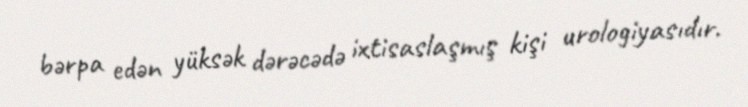
bərpa edən yüksək dərəcədə ixtisaslaşmış kişi urologiyasıdır.